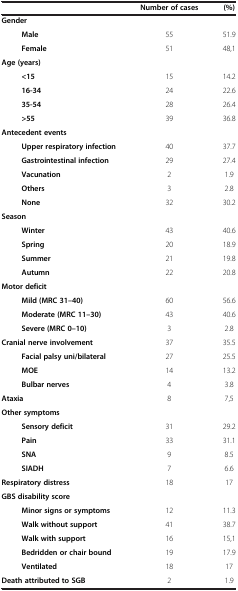
<table><thead><tr><td><b> </b></td><td><b>Number of cases</b></td><td><b>(%)</b></td></tr></thead><tbody><tr><td><b>Gender</b></td><td> </td><td> </td></tr><tr><td><b>Male</b></td><td>55</td><td>51.9</td></tr><tr><td><b>Female</b></td><td>51</td><td>48,1</td></tr><tr><td><b>Age (years)</b></td><td> </td><td> </td></tr><tr><td><b>&lt;15</b></td><td>15</td><td>14.2</td></tr><tr><td><b>16-34</b></td><td>24</td><td>22.6</td></tr><tr><td><b>35-54</b></td><td>28</td><td>26.4</td></tr><tr><td><b>&gt;55</b></td><td>39</td><td>36.8</td></tr><tr><td><b>Antecedent events</b></td><td> </td><td> </td></tr><tr><td><b>Upper respiratory infection</b></td><td>40</td><td>37.7</td></tr><tr><td><b>Gastrointestinal infection</b></td><td>29</td><td>27.4</td></tr><tr><td><b>Vacunation</b></td><td>2</td><td>1.9</td></tr><tr><td><b>Others</b></td><td>3</td><td>2.8</td></tr><tr><td><b>None</b></td><td>32</td><td>30.2</td></tr><tr><td><b>Season</b></td><td> </td><td> </td></tr><tr><td><b>Winter</b></td><td>43</td><td>40.6</td></tr><tr><td><b>Spring</b></td><td>20</td><td>18.9</td></tr><tr><td><b>Summer</b></td><td>21</td><td>19.8</td></tr><tr><td><b>Autumn</b></td><td>22</td><td>20.8</td></tr><tr><td><b>Motor deficit</b></td><td> </td><td> </td></tr><tr><td><b>Mild (MRC 31–40)</b></td><td>60</td><td>56.6</td></tr><tr><td><b>Moderate (MRC 11–30)</b></td><td>43</td><td>40.6</td></tr><tr><td><b>Severe (MRC 0–10)</b></td><td>3</td><td>2.8</td></tr><tr><td><b>Cranial nerve involvement</b></td><td>37</td><td>35.5</td></tr><tr><td><b>Facial palsy uni/bilateral</b></td><td>27</td><td>25.5</td></tr><tr><td><b>MOE</b></td><td>14</td><td>13.2</td></tr><tr><td><b>Bulbar nerves</b></td><td>4</td><td>3.8</td></tr><tr><td><b>Ataxia</b></td><td>8</td><td>7,5</td></tr><tr><td><b>Other symptoms</b></td><td> </td><td> </td></tr><tr><td><b>Sensory deficit</b></td><td>31</td><td>29.2</td></tr><tr><td><b>Pain</b></td><td>33</td><td>31.1</td></tr><tr><td><b>SNA</b></td><td>9</td><td>8.5</td></tr><tr><td><b>SIADH</b></td><td>7</td><td>6.6</td></tr><tr><td><b>Respiratory distress</b></td><td>18</td><td>17</td></tr><tr><td><b>GBS disability score</b></td><td> </td><td> </td></tr><tr><td><b>Minor signs or symptoms</b></td><td>12</td><td>11.3</td></tr><tr><td><b>Walk without support</b></td><td>41</td><td>38.7</td></tr><tr><td><b>Walk with support</b></td><td>16</td><td>15,1</td></tr><tr><td><b>Bedridden or chair bound</b></td><td>19</td><td>17.9</td></tr><tr><td><b>Ventilated</b></td><td>18</td><td>17</td></tr><tr><td><b>Death attributed to SGB</b></td><td>2</td><td>1.9</td></tr></tbody></table>